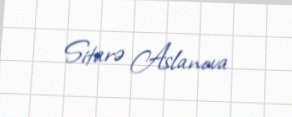
Sitarə Aslanova